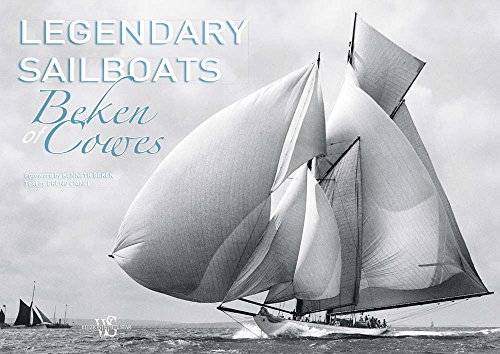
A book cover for Legendary Sailboats; Beken of Cowes; Arts & Photography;